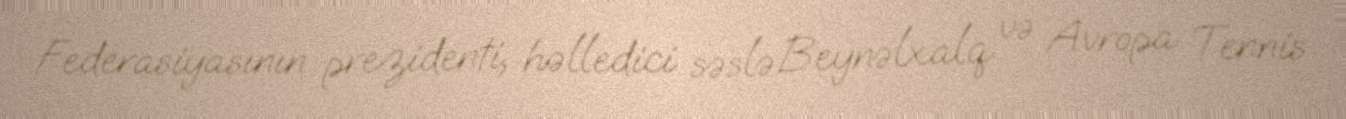
Federasiyasının prezidenti, həlledici səslə Beynəlxalq və Avropa Tennis